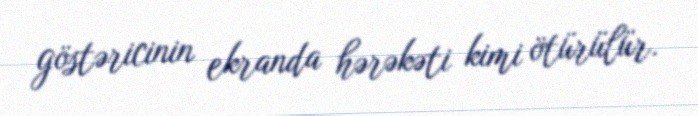
göstəricinin ekranda hərəkəti kimi ötürülür.